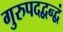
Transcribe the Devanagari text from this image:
गुरुपदद्वन्द्वं